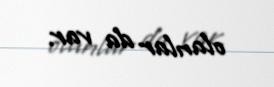
olanlar da var.